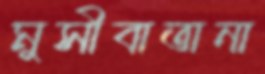
মুসীবাতানা